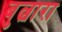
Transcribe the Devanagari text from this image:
बुल्वारा